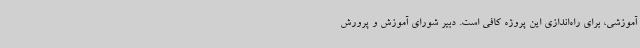
آموزشی، برای راه‌اندازی این پروژه کافی است. دبیر شورای آموزش و پرورش